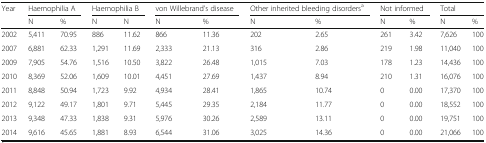
<table><thead><tr><td><b>Year</b></td><td colspan="2"><b>Haemophilia A</b></td><td colspan="2"><b>Haemophilia B</b></td><td colspan="2"><b>von Willebrand’s disease</b></td><td colspan="2"><b>Other inherited bleeding disorders<sup>a</sup></b></td><td colspan="2"><b>Not informed</b></td><td colspan="2"><b>Total</b></td></tr><tr><td></td><td><b>N</b></td><td><b>%</b></td><td><b>N</b></td><td><b>N</b></td><td><b>N</b></td><td><b>%</b></td><td><b>N</b></td><td><b>%</b></td><td><b>N</b></td><td><b>%</b></td><td><b>N</b></td><td><b>%</b></td></tr></thead><tbody><tr><td>2002</td><td>5,411</td><td>70.95</td><td>886</td><td>11.62</td><td>866</td><td>11.36</td><td>202</td><td>2.65</td><td>261</td><td>3.42</td><td>7,626</td><td>100</td></tr><tr><td>2007</td><td>6,881</td><td>62.33</td><td>1,291</td><td>11.69</td><td>2,333</td><td>21.13</td><td>316</td><td>2.86</td><td>219</td><td>1.98</td><td>11,040</td><td>100</td></tr><tr><td>2009</td><td>7,905</td><td>54.76</td><td>1,516</td><td>10.50</td><td>3,822</td><td>26.48</td><td>1,015</td><td>7.03</td><td>178</td><td>1.23</td><td>14,436</td><td>100</td></tr><tr><td>2010</td><td>8,369</td><td>52.06</td><td>1,609</td><td>10.01</td><td>4,451</td><td>27.69</td><td>1,437</td><td>8.94</td><td>210</td><td>1.31</td><td>16,076</td><td>100</td></tr><tr><td>2011</td><td>8,848</td><td>50.94</td><td>1,723</td><td>9.92</td><td>4,934</td><td>28.41</td><td>1,865</td><td>10.74</td><td>0</td><td>0.00</td><td>17,370</td><td>100</td></tr><tr><td>2012</td><td>9,122</td><td>49.17</td><td>1,801</td><td>9.71</td><td>5,445</td><td>29.35</td><td>2,184</td><td>11.77</td><td>0</td><td>0.00</td><td>18,552</td><td>100</td></tr><tr><td>2013</td><td>9,348</td><td>47.33</td><td>1,838</td><td>9.31</td><td>5,976</td><td>30.26</td><td>2,589</td><td>13.11</td><td>0</td><td>0.00</td><td>19,751</td><td>100</td></tr><tr><td>2014</td><td>9,616</td><td>45.65</td><td>1,881</td><td>8.93</td><td>6,544</td><td>31.06</td><td>3,025</td><td>14.36</td><td>0</td><td>0.00</td><td>21,066</td><td>100</td></tr></tbody></table>